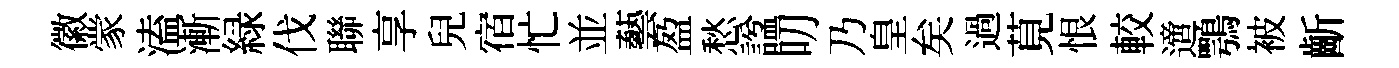
徽䝉溘漸緑伐聯享兒宿忙並藝盈愁諡叨乃皇矣過莧恨較𨗁鶚被齗